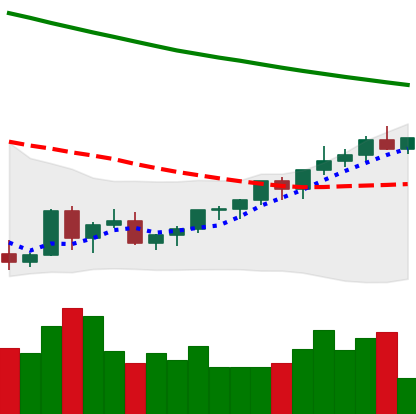
Ticker: XLM-USD
Chart end date: 2022-03-26
Forward return: 5.947%
Label: up_5_7